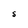
Character: s